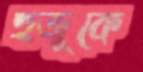
হুজুকে